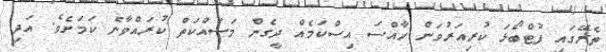
ތެރޭގައި ފުޓްބޯޅަ ކުރިއަރުވަން ހާއްސަ އިސްކަމެއް ދީގެން މަސައްކަތް ކުރައްވާނެ ކަމަށެވެ. އަދި